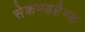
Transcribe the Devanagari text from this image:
सेकण्डहैण्ड